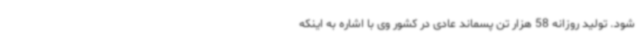
شود. تولید روزانه 58 هزار تن پسماند عادی در کشور وی با اشاره به اینکه